Report on vaccination in Madras 1877-1894 - 1877-1894
Year: 1877
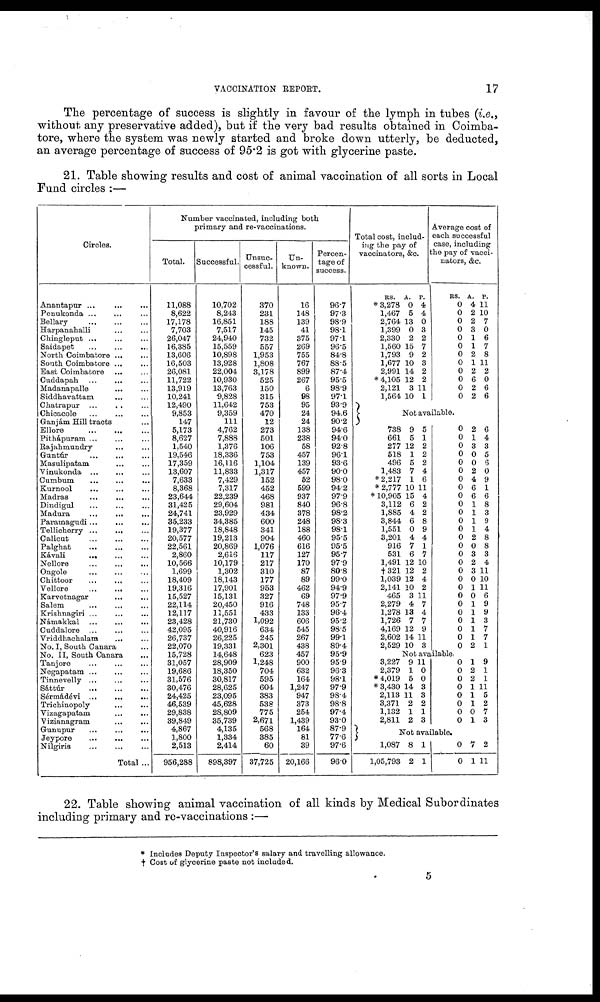
VACCINATION REPORT.
17
The percentage of success is slightly in favour of the lymph in tubes (i.e.,
without any preservative added), but if the very bad results obtained in Coimba-
tore, where the system was newly started and broke down utterly, be deducted,
an average percentage of success of 95.2 is got with glycerine paste.
21. Table showing results and cost of animal vaccination of all sorts in Local
Fund circles :—
Circles.
Anantapur
...
...
...
Penukonda ... ... ...
Bellary ... ... ...
Harpanahalli ... ...
Chingleput
...
...
...
Saidapet ... ... ...
North Coimbatore
...
...
South Coimbatore ... ...
East Coimbatore ... ...
Cuddapah
...
...
...
Madanapalle ... ...
Siddhavattam ... ...
Chatrapur
Chicacole
...
...
...
Ganjám Hill tracts ...
Ellore
...
...
...
Pithápuram ... ... ...
Rajahmundry ... ...
Guntúr ... ... ...
Masulipatam ... ...
Vinukonda ... ... ...
Cumbum
...
...
...
Kurnool
...
...
...
Madras
...
...
...
Dindigul ... ... ...
Madura
...
...
...
Paramagudi ...
... ...
Tellicherry ... ... ...
Calicut ... ... ...
Palghat
...
...
...
Kávali
...
...
...
Nellore ... ... ...
Ongole
...
...
...
Chittoor ... ... ...
Vellore ... ... ...
Karvetnagar
...
...
Salem
...
...
...
Krishnagiri
...
...
...
Namakkal
...
...
...
Cuddalore ... ... ...
Vriddhachalam ... ...
No. I, South Canara ...
No. II, South Canara ...
Tanjore
...
...
...
Negapatam ... ... ...
Tinnevelly ... ... ...
Sáttúr
...
...
...
Sérmádévi
...
...
...
Trichinopoly
...
...
Vizagapatam
...
...
Vizianagram ... ...
Gunupur
... ... ...
Jeypore ... ... ...
Nilgiris ... ... ...
Total ...
Number vaccinated, including both
primary and re-vaccinations.
Total.
11,088
8,622
17,178
7,703
26,047
16,385
13,606
16,503
26,081
11,722
13,919
10,241
12,490
9,853
147
5,173
8,627
1,540
19,546
17,359
13,607
7,633
8,368
23,644
31,425
24,741
35,233
19,377
20,577
22,561
2,860
10,566
1,699
18,409
19,316
15,527
22,114
12,117
23,428
42,095
26,737
22,070
15,728
31,057
19,686
31,576
30,476
24,425
46,539
29,838
39,849
4,867
1,800
2,513
956,288
Successful.
10,702
8,243
16,851
7,517
24,940
15,559
10,898
13,928
22,004
10,930
13,763
9,828
11,642
9,359
111
4,762
7,888
1,376
18,336
16,116
11,833
7,429
7,317
22,239
29,604
23,929
34,385
18,848
19,213
20,869
2,616
10,179
1,302
18,143
17,901
15,131
20,450
11,551
21,730
40,916
26,225
19,331
14,648
28,909
18,350
30,817
28,625
23,095
45,628
28,809
35,739
4,135
1,334
2,414
898,397
Unsuc-
cessful.
370
231
188
145
732
557
1,953
1,808
3,178
525
150
315
753
470
12
273
501
106
753
1,104
1,317
152
452
468
981
434
600
341
904
1,076
117
217
310
177
953
327
916
433
1,092
634
245
2,301
623
1,248
704
595
604
383
538
775
2,671
568
385
60
37,725
Un-
known.
16
148
139
41
375
269
755
767
899
267
6
98
95
24
24
138
238
58
457
139
457
52
599
937
840
378
248
188
460
616
127
170
87
89
462
69
748
133
606
545
267
438
457
900
632
164
1,247
947
373
254
1,439
164
81
39
20,166
Percen-
tage of
success.
96.7
97.3
98.9
98.1
97.1
96.5
84.8
88.5
87.4
95.5
98.9
97.1
93.9
94.6
90.2
94.6
94.0
92.8
96.1
93.6
90.0
98.0
94.2
97.9
96.8
98.2
98.3
98.1
95.5
95.5
95.7
97.9
80.8
99.0
94.9
97.9
95.7
96.4
95.2
98.5
99.1
89.4
95.9
95.9
96.3
98.1
97.9
98.4
98.8
97.4
93.0
87.9
77.6
97.6
96.0
Total cost, includ-
ing the pay of
vaccinators, &c.
RS.
* 3,278
1,467
2,764
1,399
2,330
1,560
1,793
1,677
2,991
* 4,105
2,121
1,564
A.
0
5
13
0
2
15
9
10
14
12
3
10
P.
4
4
0
3
2
7
2
3
2
2
11
1
Average cost of
each successful
case, including
the pay of vacci-
nators, &c.
RS.
0
0
0
0
0
0
0
0
0
0
0
0
A.
4
2
2
3
1
1
2
1
2
6
2
2
P.
11
10
7
0
6
7
8
11
2
0
6
6
Not available.
738
661
277
518
496
1,483
* 2,217
* 2,777
* 10,905
3,112
1,885
3,844
1,551
3,201
916
531
1,491
†321
1,039
2,141
465
2,279
1,278
1,726
4,169
2,602
2,529
9
5
12
1
5
7
1
10
15
6
4
6
0
4
7
6
12
12
12
10
3
4
13
7
12
14
10
5
1
2
2
2
4
6
11
4
2
2
8
9
4
1
7
10
2
4
2
11
7
4
7
9
11
3
0
0
0
0
0
0
0
0
0
0
0
0
0
0
0
0
0
0
0
0
0
0
0
0
0
0
0
2
1
3
0
0
2
4
6
6
1
1
1
1
2
0
3
2
3
0
1
0
1
1
1
1
1
2
6
4
3
5
6
0
9
1
6
8
3
9
4
8
8
3
4
11
10
11
6
9
9
3
7
7
1
Not available.
3,227
2,379
* 4,019
* 3,430
2,113
3,371
1,132
2,811
9
1
5
14
11
2
1
2
11
0
0
3
3
2
1
3
0
0
0
0
0
0
0
0
1
2
2
1
1
1
0
1
9
1
1
11
5
2
7
3
Not available.
1,087
1,05,793
8
2
1
1
0
0
7
1
2
11
22. Table showing animal vaccination of all kinds by Medical Subordinates
including primary and re-vaccinations :—
* Includes Deputy Inspector's salary and travelling allowance.
† Cost of glycerine paste not included.
5